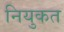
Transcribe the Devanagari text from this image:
नियुकत